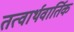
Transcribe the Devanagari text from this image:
तत्वार्थवार्तिक